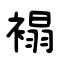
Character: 褟